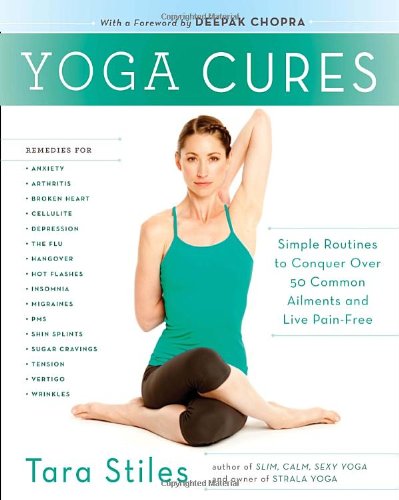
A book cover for Yoga Cures: Simple Routines to Conquer More Than 50 Common Ailments and Live Pain-Free; Tara Stiles; Health, Fitness & Dieting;